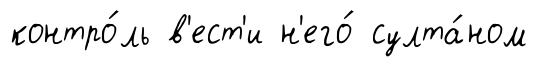
контро́ль в'ест'и н'его́ султа́ном